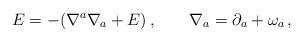
LaTeX: \begin{align*}E=-(\nabla^a \nabla_a +E)\,,\qquad \nabla_a =\partial_a +\omega_a\,,\end{align*}